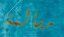
مسالمة